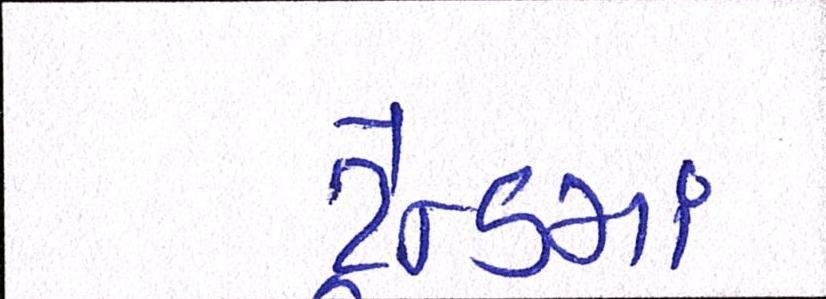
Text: ટ્રેન્ડમાં